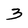
Character: 3